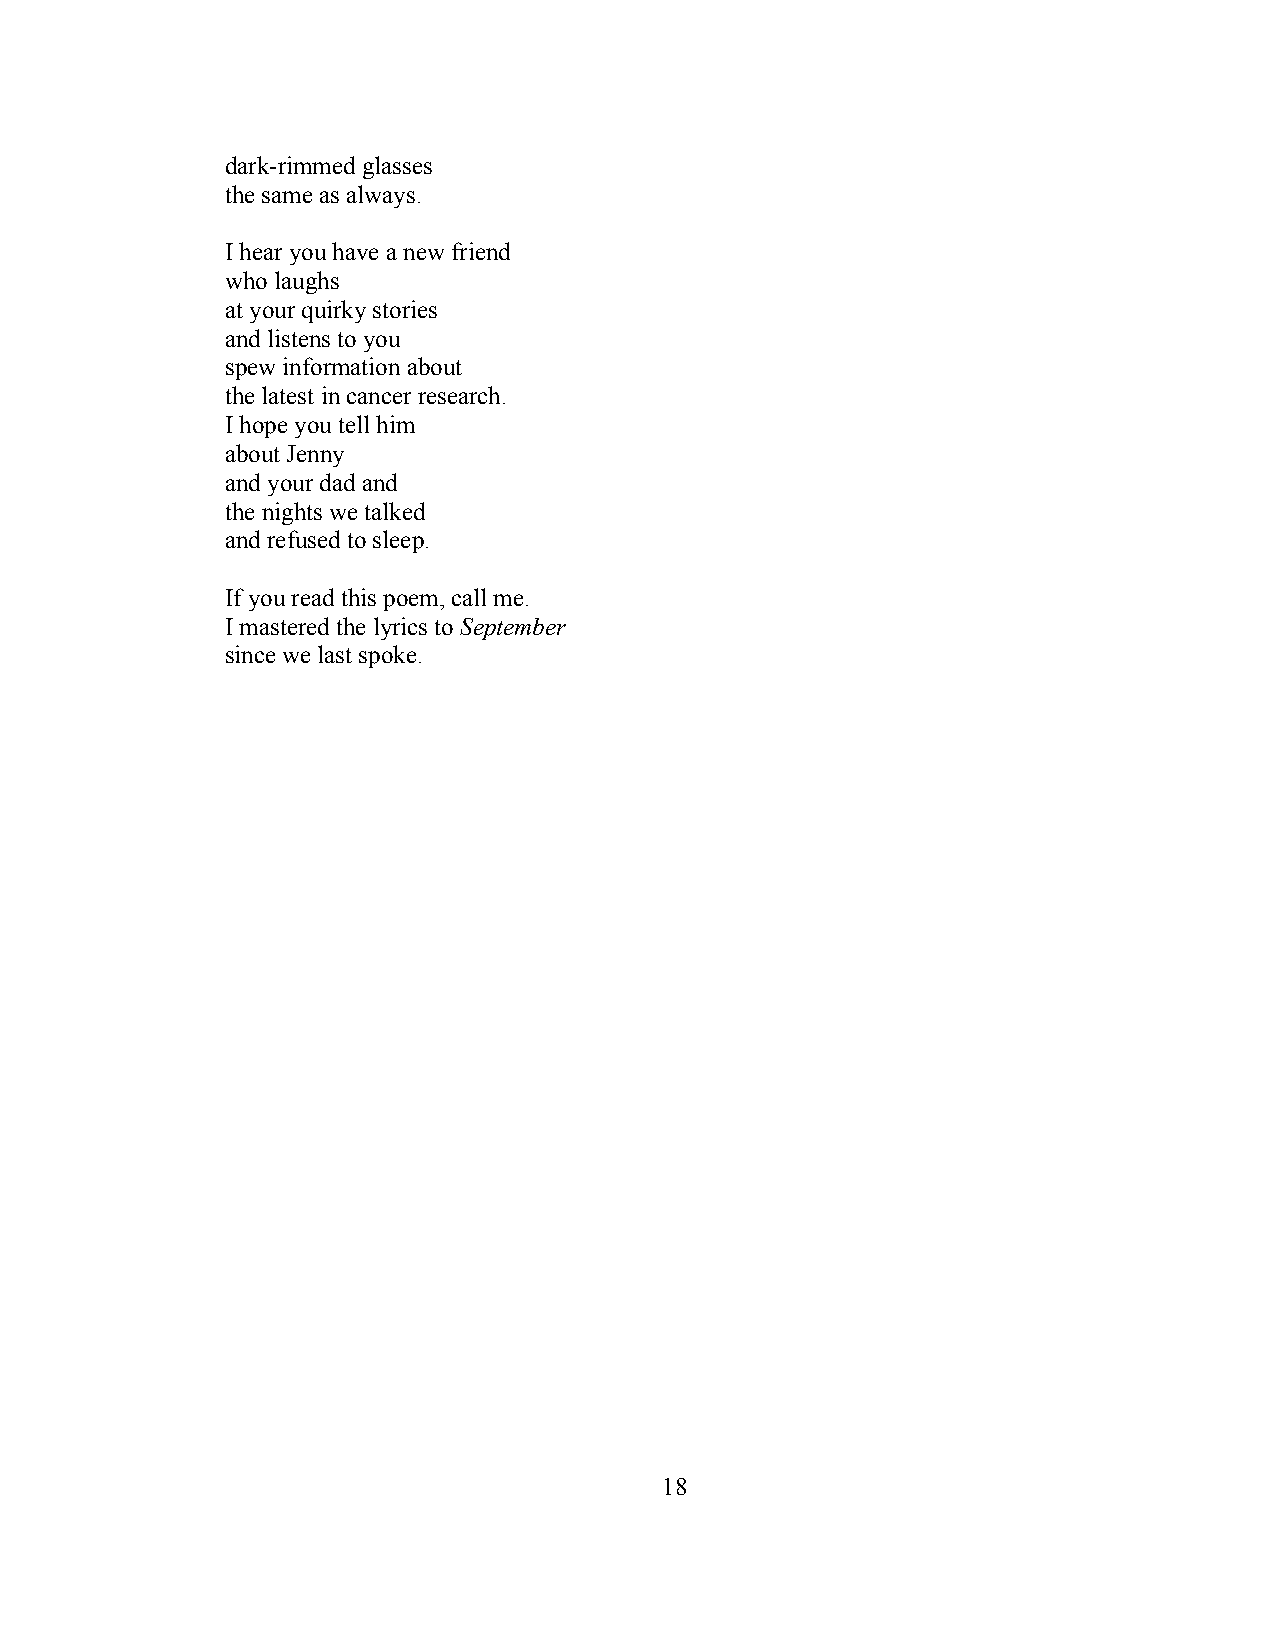
dark-rimmed glasses
 the same as always.
 I hear you have a new friend
 who laughs
 at your quirky stories
 and listens to you
 spew information about
 the latest in cancer research.
 I hope you tell him
 about Jenny
 and your dad and
 the nights we talked
 and refused to sleep.
 If you read this poem, call me.
 I mastered the lyrics to September
 since we last spoke.
 18